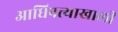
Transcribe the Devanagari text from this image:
आधिपत्त्याखाली